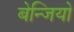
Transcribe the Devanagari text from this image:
बेन्जियो